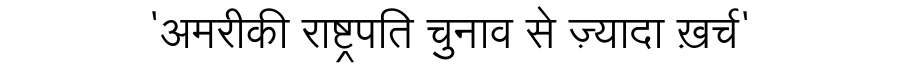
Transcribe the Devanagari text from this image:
'अमरीकी राष्ट्रपति चुनाव से ज़्यादा ख़र्च'